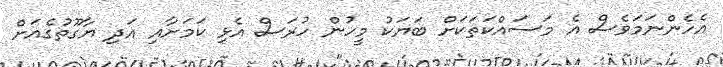
އެހެންނަމަވެސް އެ މަސައްކަތަކަށް ބަޔަކު މީހުން ހުރަސް އެޅި ކަމަށާއި އަދި ޔާގޫތުގެއަށް